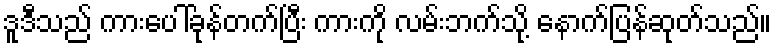
ဒူဒီသည် ကားပေါ်ခုန်တက်ပြီး ကားကို လမ်းဘက်သို့ နောက်ပြန်ဆုတ်သည်။